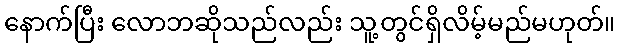
နောက်ပြီး လောဘဆိုသည်လည်း သူ့တွင်ရှိလိမ့်မည်မဟုတ်။